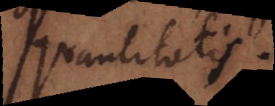
quantitatis.